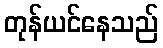
တုန်ယင်နေသည်